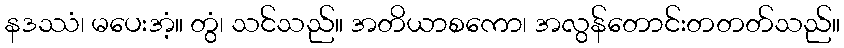
နဒဿံ၊ မပေးအံ့။ တွံ၊ သင်သည်။ အတိယာစကော၊ အလွန်တောင်းတတတ်သည်။